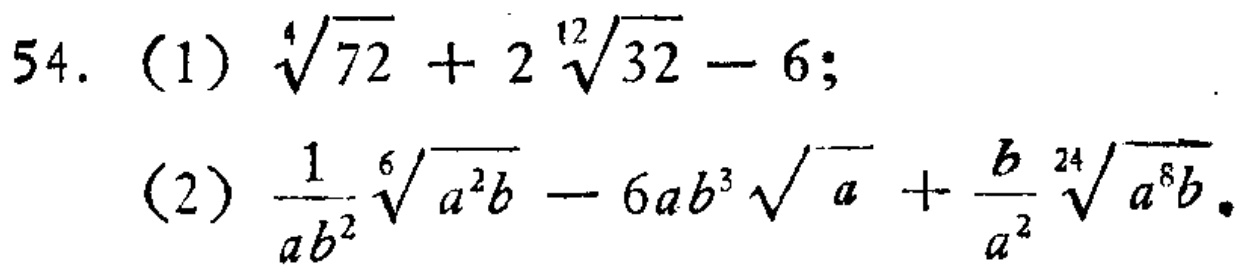
\[

\begin{align*}

&54. \ (1)\ \sqrt[4]{72}+2\sqrt[12]{32}-6;\\

&(2)\ \frac{1}{ab^{2}}\sqrt[6]{a^{2}b}-6ab^{3}\sqrt{a}+\frac{b}{a^{2}}\sqrt[24]{a^{8}b}

\end{align*}

\]